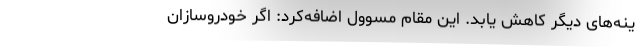
ینه‌های دیگر کاهش یابد. این مقام مسوول اضافه‌کرد: اگر خودروسازان